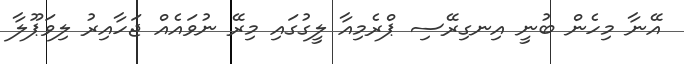
އޭނާ މިހެން ބުނީ އިނގިރޭސި ޕްރެމިއާ ލީގުގައި މިރޭ ނުވައެއް ޖަހާއިރު ލިވަޕޫލާ